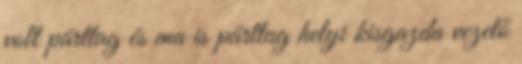
volt párttag és ma is párttag helyi kisgazda vezető